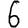
Digit: 6